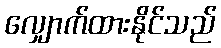
လျှောက်ထားနိုင်သည်